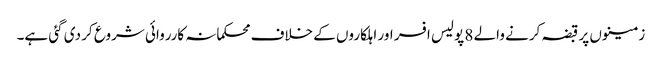
زمینوں پر قبضہ کرنے والے 8 پولیس افسر اور اہلکاروں کے خلاف محکمانہ کارروائی شروع کر دی گئی ہے۔